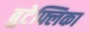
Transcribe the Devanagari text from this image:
बुटेफ्लिका